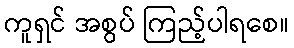
ကူရှင် အစွပ် ကြည့်ပါရစေ။